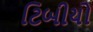
ટિબીયો